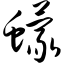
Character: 蠓